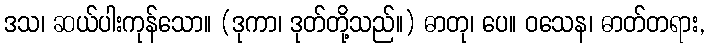
ဒသ၊ ဆယ်ပါးကုန်သော။ (ဒုကာ၊ ဒုတ်တို့သည်။) ဓာတု၊ ပေ။ ဝသေန၊ ဓာတ်တရား,